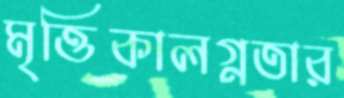
মৃত্তিকালগ্নতার